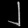
Digit: ၂